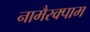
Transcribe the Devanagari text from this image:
नामैरक्पाम